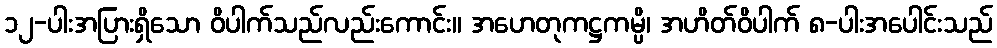
၁၂-ပါးအပြားရှိသော ဝိပါက်သည်လည်းကောင်း။ အဟေတုကဋ္ဌကမ္ပိ၊ အဟိတ်ဝိပါက် ၈-ပါးအပေါင်းသည်